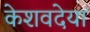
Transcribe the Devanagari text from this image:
केशवदेया